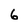
Character: 6